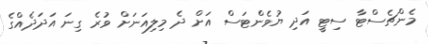
މެންޗެސްޓާ ސިޓީ އަދި ޔުވެންޓަސް އަށް ދެ މިލިއަނަށް ވުރެ ގިނަ އަދަދެއްގެ